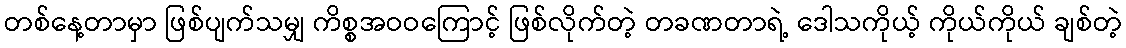
တစ်နေ့တာမှာ ဖြစ်ပျက်သမျှ ကိစ္စအဝဝကြောင့် ဖြစ်လိုက်တဲ့ တခဏတာရဲ့ ဒေါသကိုယ့် ကိုယ်ကိုယ် ချစ်တဲ့